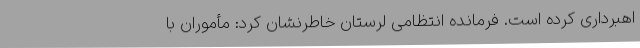
اهبرداری کرده است. فرمانده انتظامی لرستان خاطرنشان کرد: مأموران با